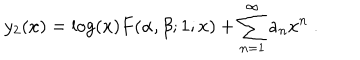
y _ { 2 } ( x ) = \log ( x ) F ( \alpha , \beta ; 1 ; x ) + \sum _ { n = 1 } ^ { \infty } a _ { n } x ^ { n } \ .